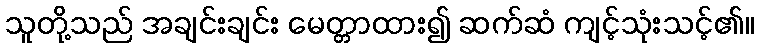
သူတို့သည် အချင်းချင်း မေတ္တာထား၍ ဆက်ဆံ ကျင့်သုံးသင့်၏။